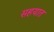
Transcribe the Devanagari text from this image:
सहयात